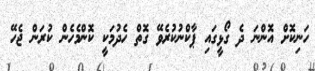
ހަނިކޮށް އޮންނަ ދެ ގޯޅީގައި ޕާކްނުކުރެވޭ ގޮތް ހެދުމަކީ ކޮންމެހެން ކުރަން ޖެހޭ